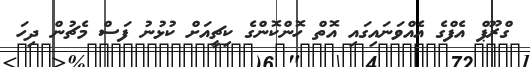
ގްރޫޕް އެފްގެ އެއްވަނައިގައި އޮތް ހޮންކޮންގެ ކިޗީއަށް ކުޅުނު ފަސް މެޗުން ދިހަ